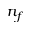
n _ { f }